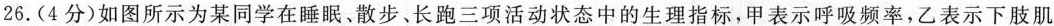
26.(4分)如图所示为某同学在睡眠、散步、长跑三项活动状态中的生理指标，甲表示呼吸频率，乙表示下肢肌